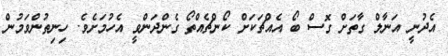
އެދުނީ އަނާލް ގާތަށް ގޮސް ބޯ އެއްޗަކަށް ކޯންޗެއްތޯ ގެންދަންވީ އެހުމަށެވެ. ހިނިތުންވަމުން